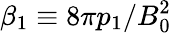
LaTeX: \beta_{1}\equiv 8\pi p_{1}/B_{0}^{2}